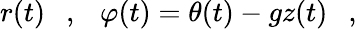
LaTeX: r(t)\ \ \ ,\ \ \ \varphi(t)=\theta(t)-gz(t)\ \ \ ,